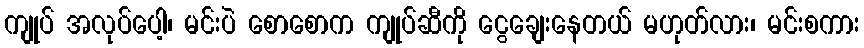
ကျုပ် အလုပ်ပေါ့၊ မင်းပဲ စောစောက ကျုပ်ဆီကို ငွေချေးနေတယ် မဟုတ်လား၊ မင်းစကား